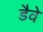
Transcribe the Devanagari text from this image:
डैवे